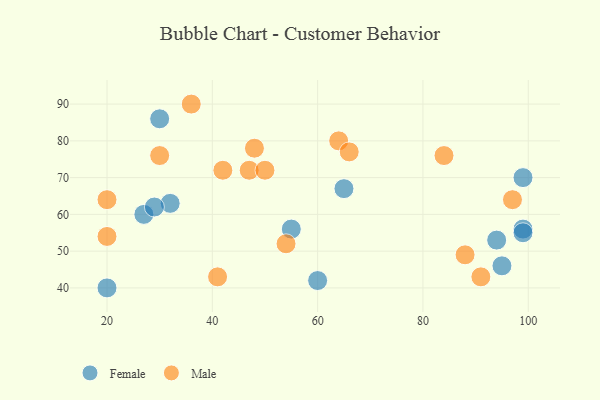
{"axis": {"x": "GDP", "y": "Life Expectancy"}, "legend": ["Female", "Male"], "data": [{"x": "99", "y": 56, "type": "Female"}, {"x": "30", "y": 86, "type": "Female"}, {"x": "32", "y": 63, "type": "Female"}, {"x": "27", "y": 60, "type": "Female"}, {"x": "99", "y": 70, "type": "Female"}, {"x": "95", "y": 46, "type": "Female"}, {"x": "55", "y": 56, "type": "Female"}, {"x": "60", "y": 42, "type": "Female"}, {"x": "29", "y": 62, "type": "Female"}, {"x": "94", "y": 53, "type": "Female"}, {"x": "65", "y": 67, "type": "Female"}, {"x": "99", "y": 55, "type": "Female"}, {"x": "20", "y": 40, "type": "Female"}, {"x": "20", "y": 64, "type": "Male"}, {"x": "30", "y": 76, "type": "Male"}, {"x": "54", "y": 52, "type": "Male"}, {"x": "20", "y": 54, "type": "Male"}, {"x": "84", "y": 76, "type": "Male"}, {"x": "36", "y": 90, "type": "Male"}, {"x": "64", "y": 80, "type": "Male"}, {"x": "47", "y": 72, "type": "Male"}, {"x": "50", "y": 72, "type": "Male"}, {"x": "48", "y": 78, "type": "Male"}, {"x": "97", "y": 64, "type": "Male"}, {"x": "42", "y": 72, "type": "Male"}, {"x": "91", "y": 43, "type": "Male"}, {"x": "88", "y": 49, "type": "Male"}, {"x": "66", "y": 77, "type": "Male"}, {"x": "41", "y": 43, "type": "Male"}]}